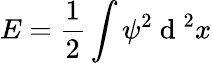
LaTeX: E=\frac{1}{2}\int\psi^{2}\mathrm{~d~}^{2}x